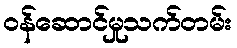
ဝန်ဆောင်မှုသက်တမ်း